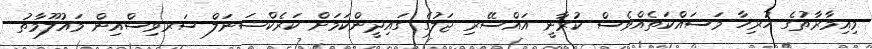
މިއިމާރާތުގެ ހުރިހާ މަސައްކަތެއްވެސް ކުރާނީ އައްސޭރި ޖަލުގެ ގައިދީންކަމަށް ކަރެކްޝަނަލް ސަރވިސްއިން މައުލޫމާތު